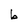
Character: b